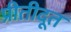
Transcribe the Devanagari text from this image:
प्रीतीदूत